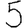
Digit: 5